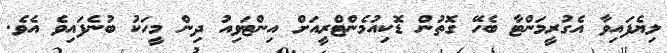
ލިޔެފައިވާ އެގުރީމަންޓާ ބެހޭ ގޮތުން ޑޮކިއުމެންޓްރީއަށް އިންޓަވިއު ދިން މީހަކު ބުނެފައިވެ އެވެ.